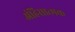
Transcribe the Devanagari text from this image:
अंहिसात्मक